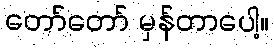
တော်တော် မှန်တာပေါ့။